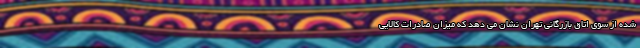
شده از سوی اتاق بازرگانی تهران نشان می دهد که میزان صادرات کالایی